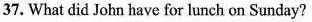
37. What did John have for lunch on Sunday?